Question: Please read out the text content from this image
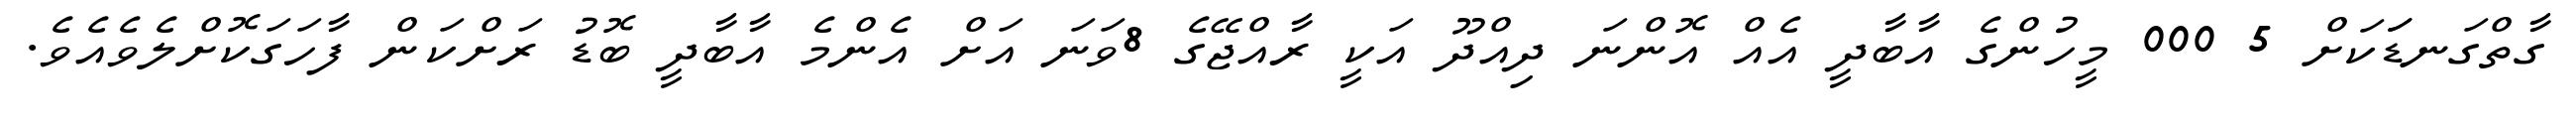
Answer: ގާތްގަނޑަަކަށް 5 000 މީހުންގެ އާބާދީ އެއް އޮންނަ ދިއްދޫ އަކީ ރާއްޖޭގެ 8ވަނަ އަށް އެންމެ އާބާދީ ބޮޑު ރަށްކަން ފާހަގަކޮށްލެވެއެވެ.